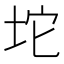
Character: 坨